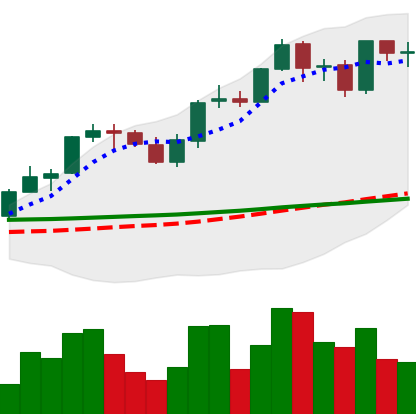
Ticker: ADA-USD
Chart end date: 2021-08-29
Forward return: 3.93%
Label: up_3_5